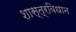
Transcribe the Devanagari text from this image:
शास्त्रविधान